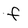
Character: f